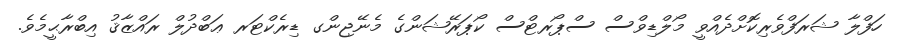
ހަފްލާ ޝަރަފްވެރިކޮށްދެއްވީ މޯލްޑިވްސް ސްޕޯރޓްސް ކޯޕަރޭޝަންގެ މެނޭޖިންގ ޑިރެކްޓަރ ޢަބްދުލް ރައްޒާޤު އިބްރާޙީމެވެ.